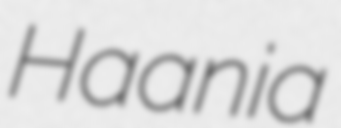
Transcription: Haania